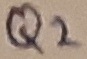
Text: Q2